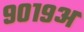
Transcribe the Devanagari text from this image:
९०१९अ